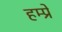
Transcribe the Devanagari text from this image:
हम्प्रे